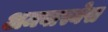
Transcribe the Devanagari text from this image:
अमवास्येस